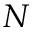
N